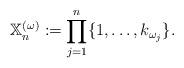
LaTeX: \begin{align*}\mathbb{X}^{(\omega)}_n:= \prod_{j=1}^n \{1,\dots,k_{\omega_j}\}.\end{align*}